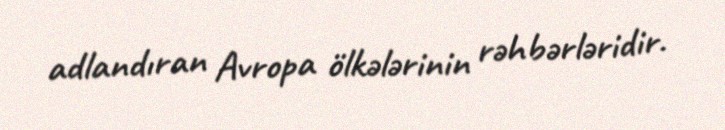
adlandıran Avropa ölkələrinin rəhbərləridir.